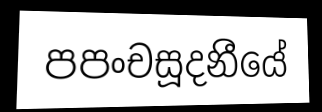
පපංචසූදනීයේ